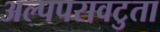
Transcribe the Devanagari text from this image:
अल्पपरावटुता